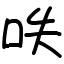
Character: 呹